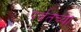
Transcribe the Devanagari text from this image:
पर्वतच्या